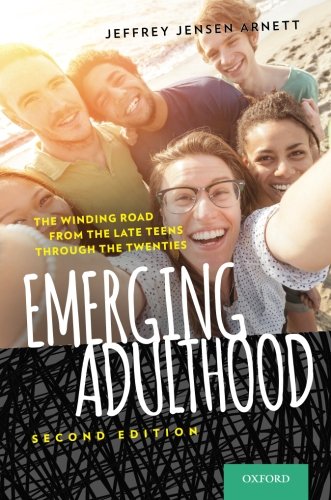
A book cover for Emerging Adulthood: The Winding Road from the Late Teens Through the Twenties; Jeffrey Jensen Arnett; Medical Books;